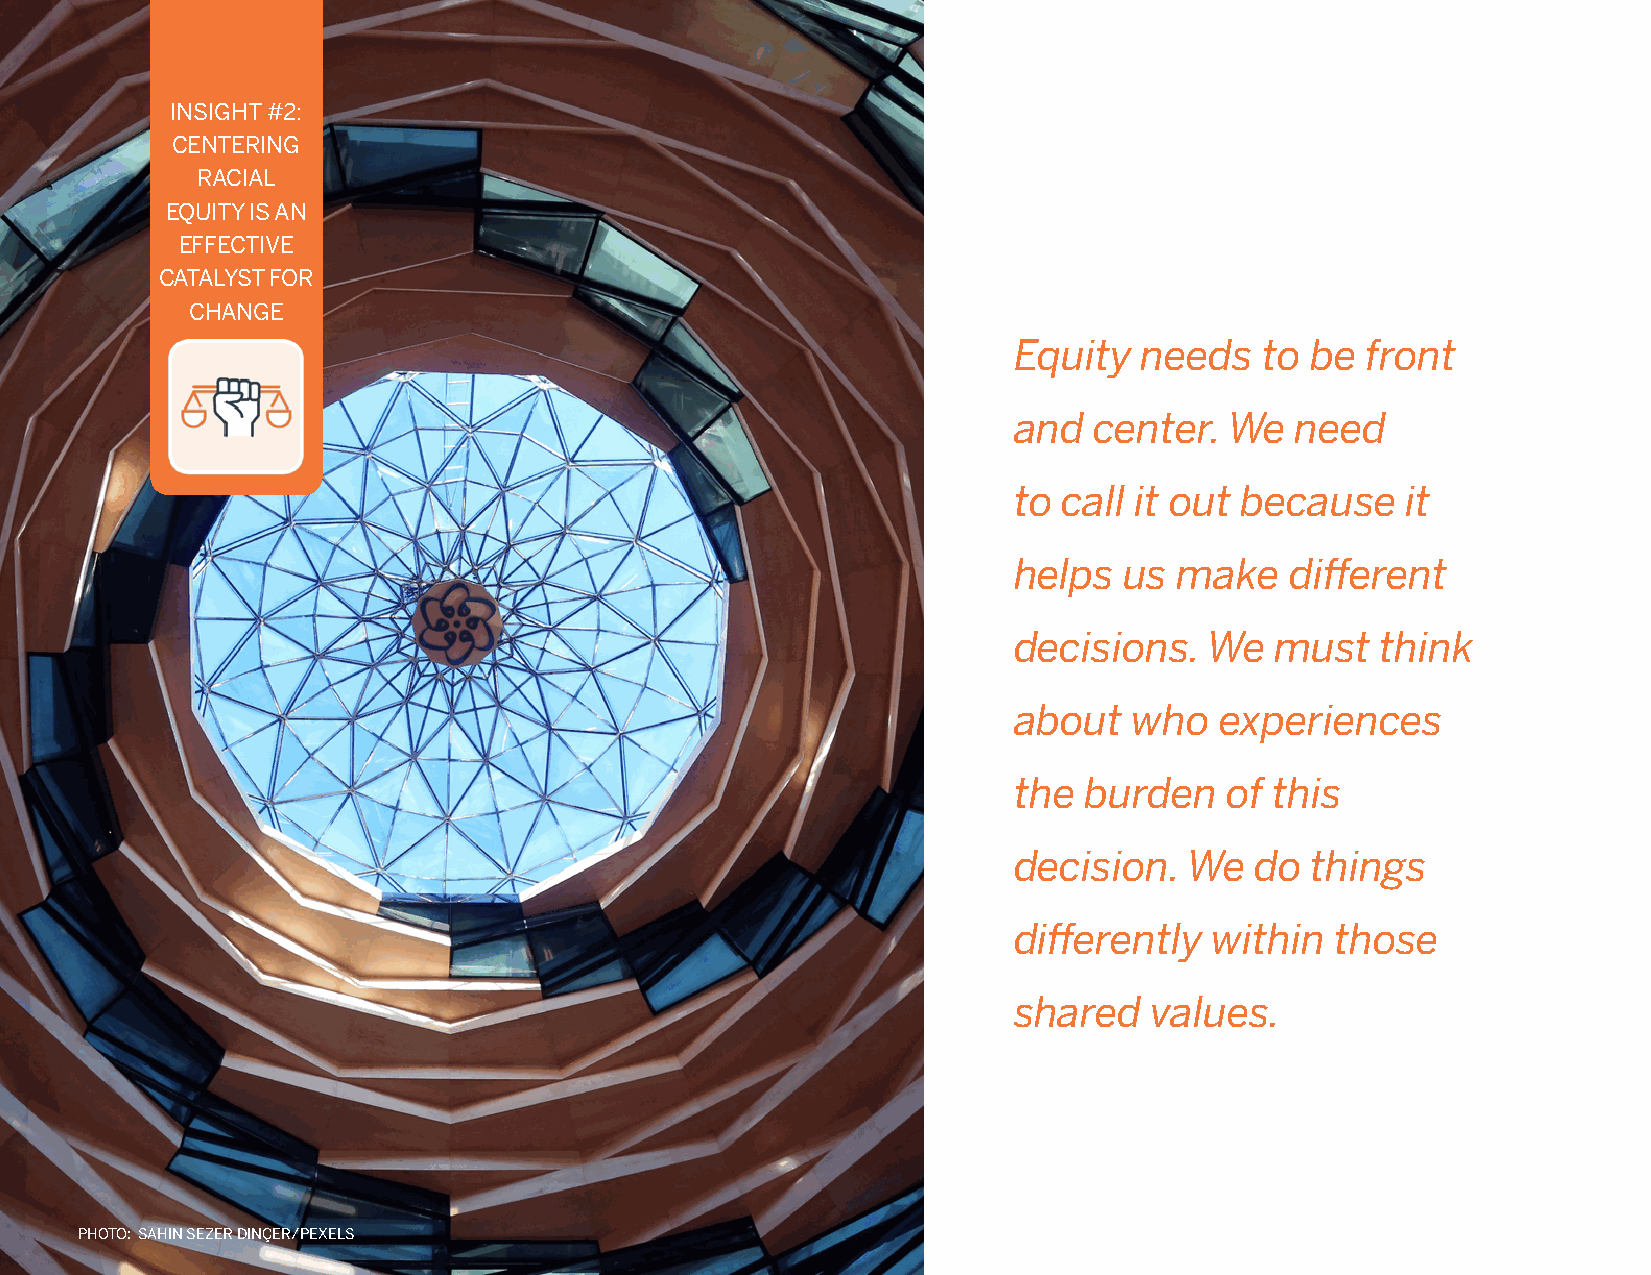
INSIGHT #2:
 CENTERING
 RACIAL
 EQUITY IS AN
 EFFECTIVE
 CATALYST FOR
 CHANGE
 Equity  needs    to be front
 and  center.  We   need
 to call it out because    it
 helps  us  make   different
 decisions.   We  must   think
 about   who   experiences
 the  burden   of this
 decision.   We  do  things
 differently  within  those
 shared   values.
 PHOTO: SAHIN SEZER DINÇER/PEXELS